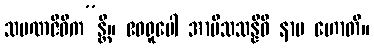
သမဏဇီဝိက”န္တိ။ ဧဝရူပေါ အာမိသသန္နိဓိ နာမ ဟောတိ။